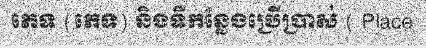
ភេទ (ភេទ) និងទីកន្លែងប្រើប្រាស់ ( Place